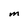
Character: M